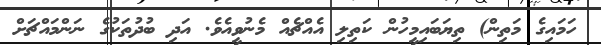
ހަމައިގެ މަތިން) ތިޔަބައިމީހުން ކަތިލި އެއްޗެއް މެނުވީއެވެ. އަދި ބުދުތަކުގެ ނަންމައްޗަށް